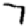
Digit: 7